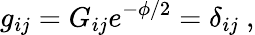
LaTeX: g_{ij}=G_{ij}e^{-\phi/2}=\delta_{ij}\ ,